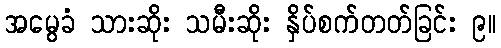
အမွေခံ သားဆိုး သမီးဆိုး နှိပ်စက်တတ်ခြင်း ၉။